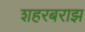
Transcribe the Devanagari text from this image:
शहरबराझ